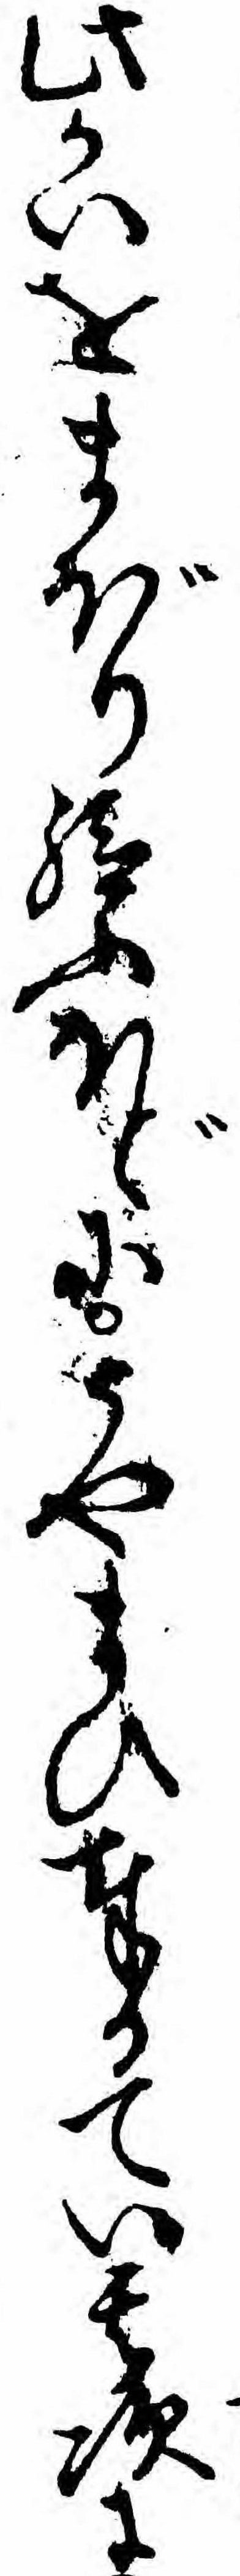
此かいをまぼり給ふほどにうやまひ奉るてい其次に